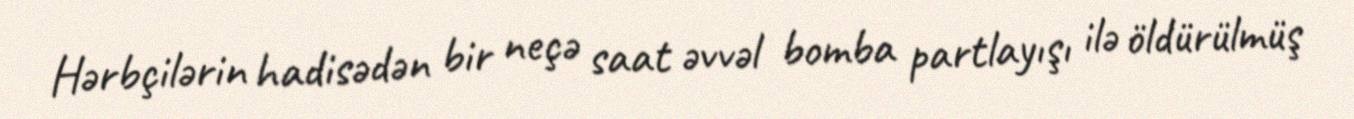
Hərbçilərin hadisədən bir neçə saat əvvəl bomba partlayışı ilə öldürülmüş